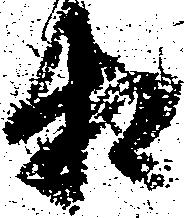
相